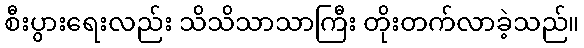
စီးပွားရေးလည်း သိသိသာသာကြီး တိုးတက်လာခဲ့သည်။